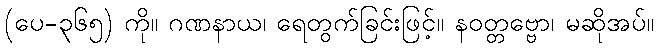
(ပေ-၃၆၅) ကို။ ဂဏနာယ၊ ရေတွက်ခြင်းဖြင့်။ နဝတ္တဗ္ဗော၊ မဆိုအပ်။